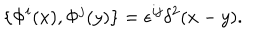
\{ \Phi ^ { i } ( x ) , \Phi ^ { j } ( y ) \} = \epsilon ^ { i j } \delta ^ { 2 } ( x - y ) .